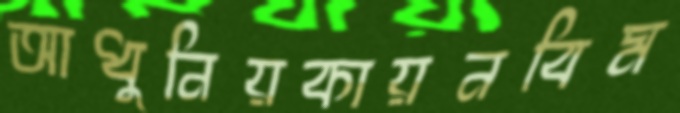
আধুনিয়কায়নবিম